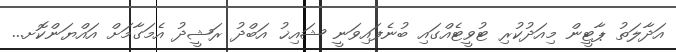
އަދާލަތު ޕާޓީން މިއަދުކުރި ޓުވީޓެއްގައި ބުނެފައިވަނީ ޝައިޚު އަބްދު ރަޝީދު އެމަގާމަށް އައްޔަންކޮށ...